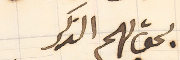
يحق لهم الذكر